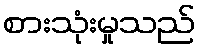
စားသုံးမှုသည်